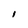
Character: l